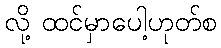
လို့ ထင်မှာပေါ့ဟုတ်စ